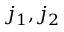
j _ { 1 } , j _ { 2 }